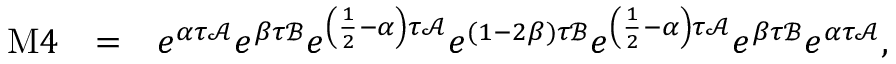
\begin{array} { r l r } { \mathrm { M } 4 } & { = } & { e ^ { \alpha \tau \mathcal { A } } e ^ { \beta \tau \mathcal { B } } e ^ { \left( \frac { 1 } { 2 } - \alpha \right) \tau \mathcal { A } } e ^ { ( 1 - 2 \beta ) \tau \mathcal { B } } e ^ { \left( \frac { 1 } { 2 } - \alpha \right) \tau \mathcal { A } } e ^ { \beta \tau \mathcal { B } } e ^ { \alpha \tau \mathcal { A } } , } \end{array}